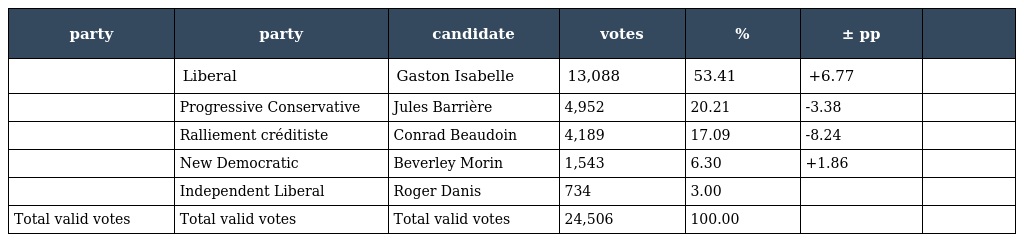
| party | party | candidate | votes | % | ± pp |  |
 | --- | --- | --- | --- | --- | --- | --- |
 |  | Liberal | Gaston Isabelle | 13,088 | 53.41 | +6.77 |  |
 |  | Progressive Conservative | Jules Barrière | 4,952 | 20.21 | -3.38 |  |
 |  | Ralliement créditiste | Conrad Beaudoin | 4,189 | 17.09 | -8.24 |  |
 |  | New Democratic | Beverley Morin | 1,543 | 6.30 | +1.86 |  |
 |  | Independent Liberal | Roger Danis | 734 | 3.00 |  |  |
 | Total valid votes | Total valid votes | Total valid votes | 24,506 | 100.00 |  |  |